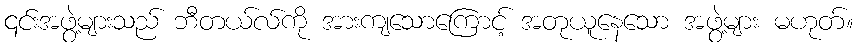
၎င်းအဖွဲ့များသည် ဘီတယ်လ်ကို အားကျသောကြောင့် အတုယူနေသော အဖွဲ့များ မဟုတ်။